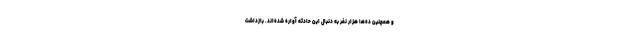
و همچنین ده‌ها هزار نفر به دنبال این حادثه آواره شده‌اند. بازداشت